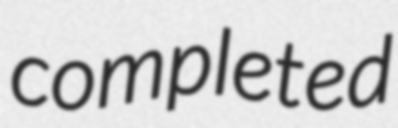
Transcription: completed